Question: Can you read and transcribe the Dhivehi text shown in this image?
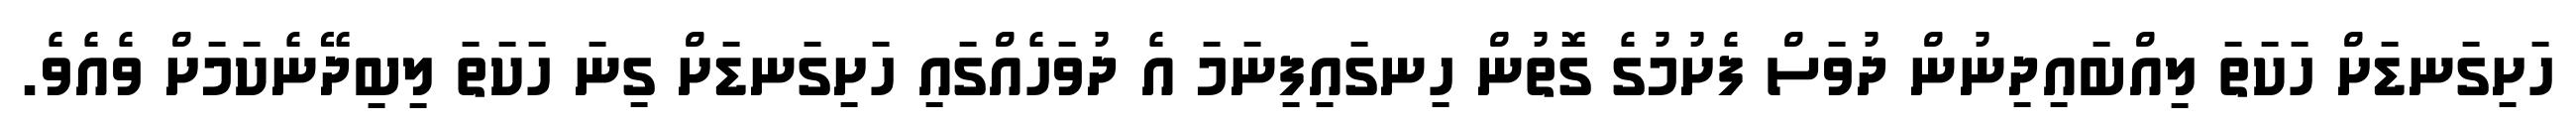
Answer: ހަށިގަނޑަށް ހަކަތަ ލިއްބައިދިނުން ދުވަސް ފެށުމުގެ ގޮތުން ހިނގައިފިނަމަ އެ ދުވަހެއްގައި ހަށިގަނޑަށް ގިނަ ހަކަތަ ލިބިދޭނެކަމަށް ވެއެވެ.